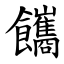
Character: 䭨